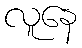
လူနေ